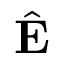
\hat { \mathbf { E } }